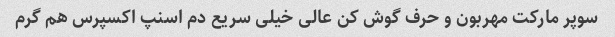
سوپر مارکت مهربون و حرف گوش کن عالی خیلی سریع دم اسنپ اکسپرس هم گرم